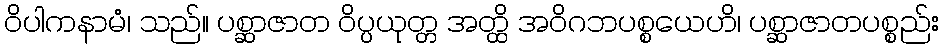
ဝိပါကနာမံ၊ သည်။ ပစ္ဆာဇာတ ဝိပ္ပယုတ္တ အတ္ထိ အဝိဂဘပစ္စယေဟိ၊ ပစ္ဆာဇာတပစ္စည်း